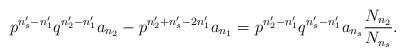
LaTeX: \begin{align*}p^{n_{s}^{\prime}-n_{1}^{\prime}}q^{n_{2}^{\prime}-n_{1}^{\prime}}a_{n_{2}}-p^{n_{2}^{\prime}+n_{s}^{\prime}-2n_{1}^{\prime}}a_{n_{1}}=p^{n_{2}^{\prime}-n_{1}^{\prime}}q^{n_{s}^{\prime}-n_{1}^{\prime}}a_{n_{s}}\frac{N_{n_{2}}}{N_{n_{s}}}.\end{align*}